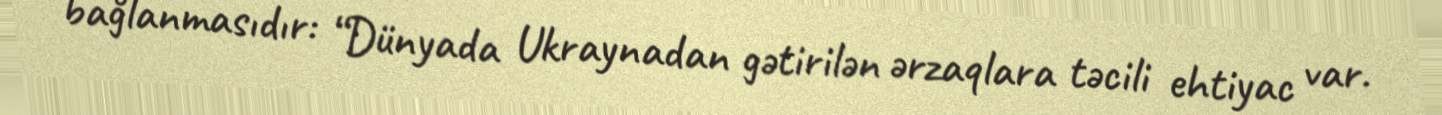
bağlanmasıdır: “Dünyada Ukraynadan gətirilən ərzaqlara təcili ehtiyac var.